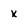
Character: x